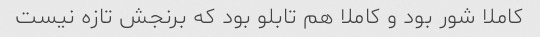
کاملا شور بود و کاملا هم تابلو بود که برنجش تازه نیست